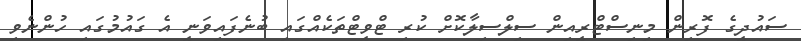
ސައުދީގެ ފޮރިން މިނިސްޓްރީއިން ސިލްސިލާކޮށް ކުރި ޓްވީޓްތަކެއްގައި ބުނެފައިވަނީ އެ ގައުމުގައި ހުންނެވި